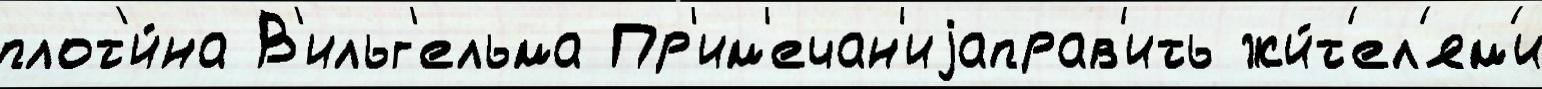
плот'и́на В'ильг'ельма Пр'им'ечан'иjаправ'ить жи́т'ел'ям'и